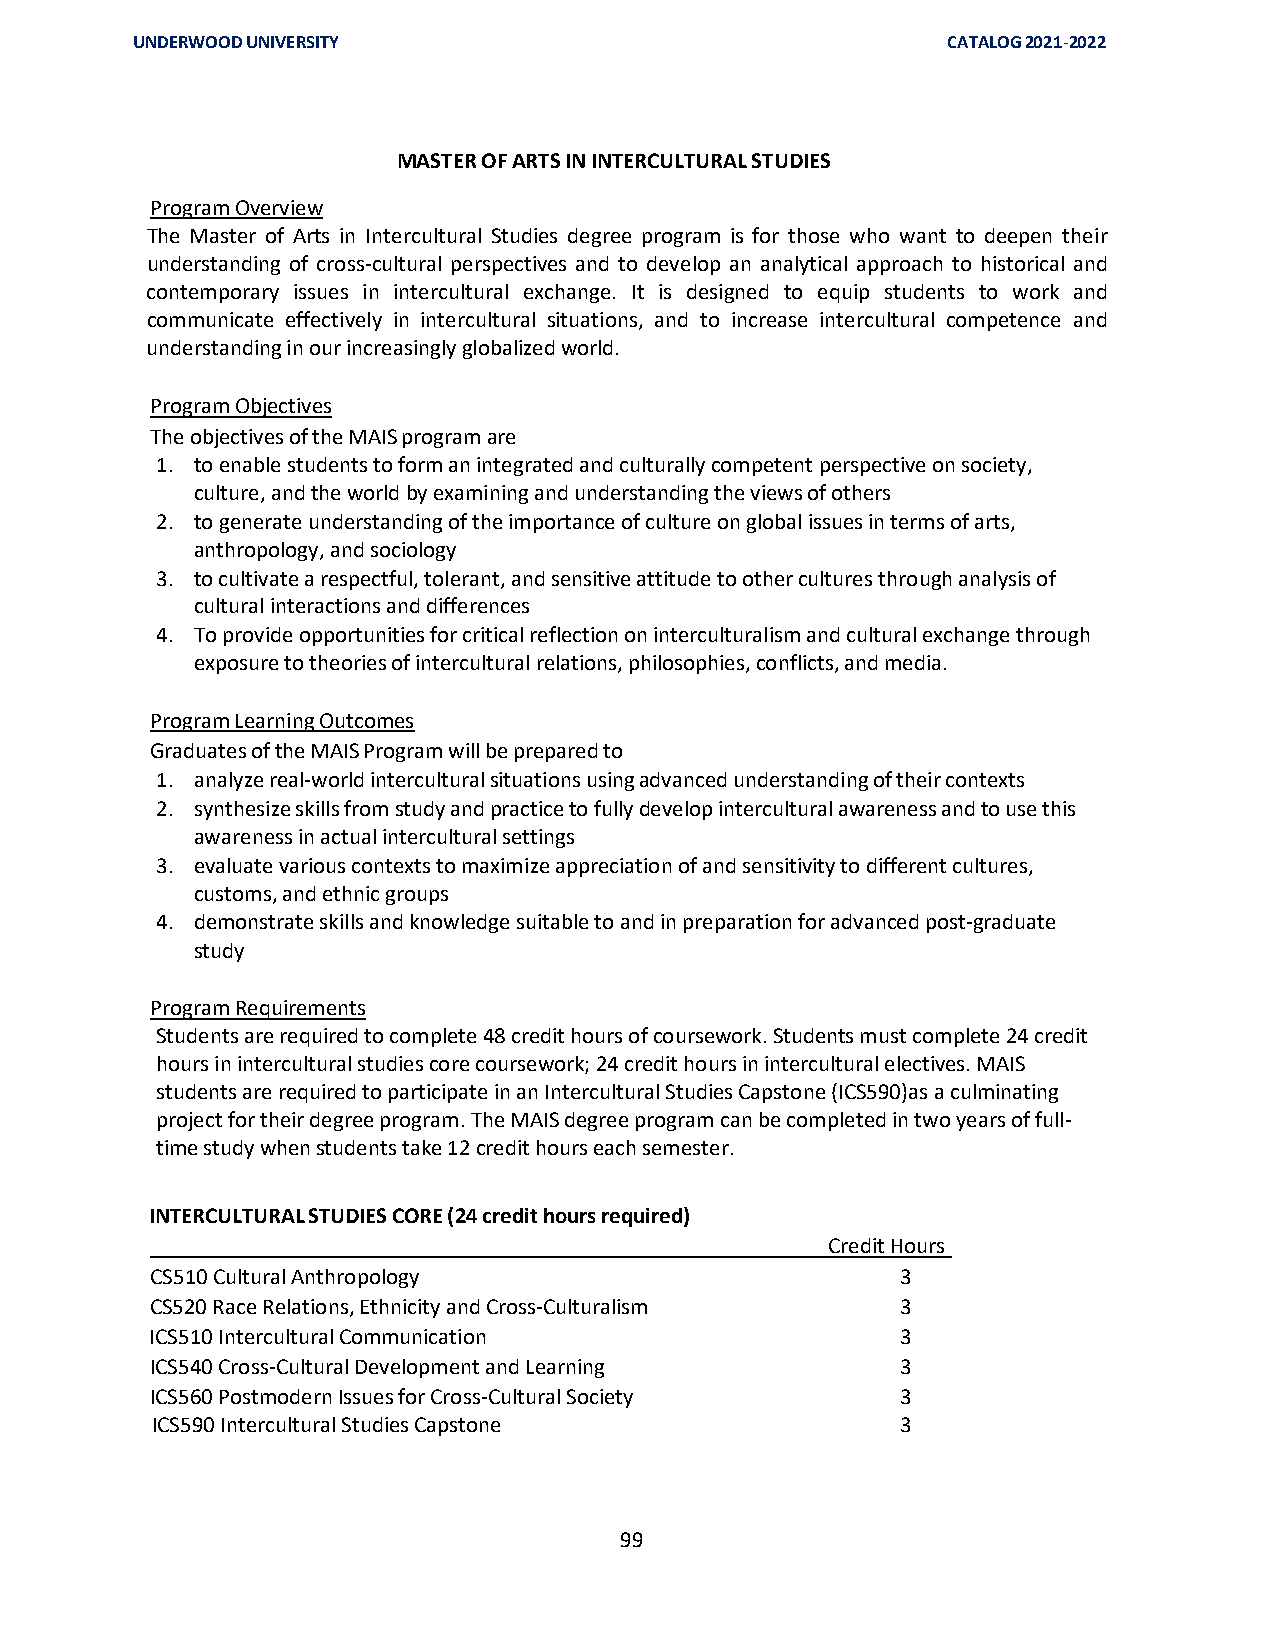
UNDERWOOD UNIVERSITY                                  CATALOG 2021-2022
 MASTER OF ARTS IN INTERCULTURAL STUDIES
 Program Overview
 The Master of Arts in Intercultural Studies degree program is for those who want to deepen their
 understanding of cross-cultural perspectives and to develop an analytical approach to historical and
 contemporary issues in intercultural exchange. It is designed to equip students to work and
 communicate effectively in intercultural situations, and to increase intercultural competence and
 understanding in our increasingly globalized world.
 Program Objectives
 The objectives of the MAIS program are
 1. to enable students to form an integrated and culturally competent perspective on society,
 culture, and the world by examining and understanding the views of others
 2. to generate understanding of the importance of culture on global issues in terms of arts,
 anthropology, and sociology
 3. to cultivate a respectful, tolerant, and sensitive attitude to other cultures through analysis of
 cultural interactions and differences
 4. To provide opportunities for critical reflection on interculturalism and cultural exchange through
 exposure to theories of intercultural relations, philosophies, conflicts, and media.
 Program Learning Outcomes
 Graduates of the MAIS Program will be prepared to
 1. analyze real-world intercultural situations using advanced understanding of their contexts
 2. synthesize skills from study and practice to fully develop intercultural awareness and to use this
 awareness in actual intercultural settings
 3. evaluate various contexts to maximize appreciation of and sensitivity to different cultures,
 customs, and ethnic groups
 4. demonstrate skills and knowledge suitable to and in preparation for advanced post-graduate
 study
 Program Requirements
 Students are required to complete 48 credit hours of coursework. Students must complete 24 credit
 hours in intercultural studies core coursework; 24 credit hours in intercultural electives. MAIS
 students are required to participate in an Intercultural Studies Capstone (ICS590)as a culminating
 project for their degree program. The MAIS degree program can be completed in two years of full-
 time study when students take 12 credit hours each semester.
 INTERCULTURAL STUDIES CORE (24 credit hours required)
 Credit Hours
 CS510 Cultural Anthropology                       3
 CS520 Race Relations, Ethnicity and Cross-Culturalism 3
 ICS510 Intercultural Communication                3
 ICS540 Cross-Cultural Development and Learning    3
 ICS560 Postmodern Issues for Cross-Cultural Society 3
 ICS590 Intercultural Studies Capstone             3
 99